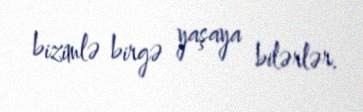
bizimlə birgə yaşaya bilərlər.